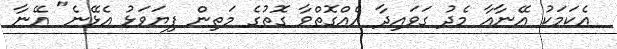
އެކަމަކު އޭނާއާ މެދު ގަވައިދާ އެއްގޮތްވާ ގޮތުގެ މަތިން ފިޔަވަޅު އެޅޭނެ" އޭނާ